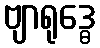
ဗျာရုဒ္ဓေ